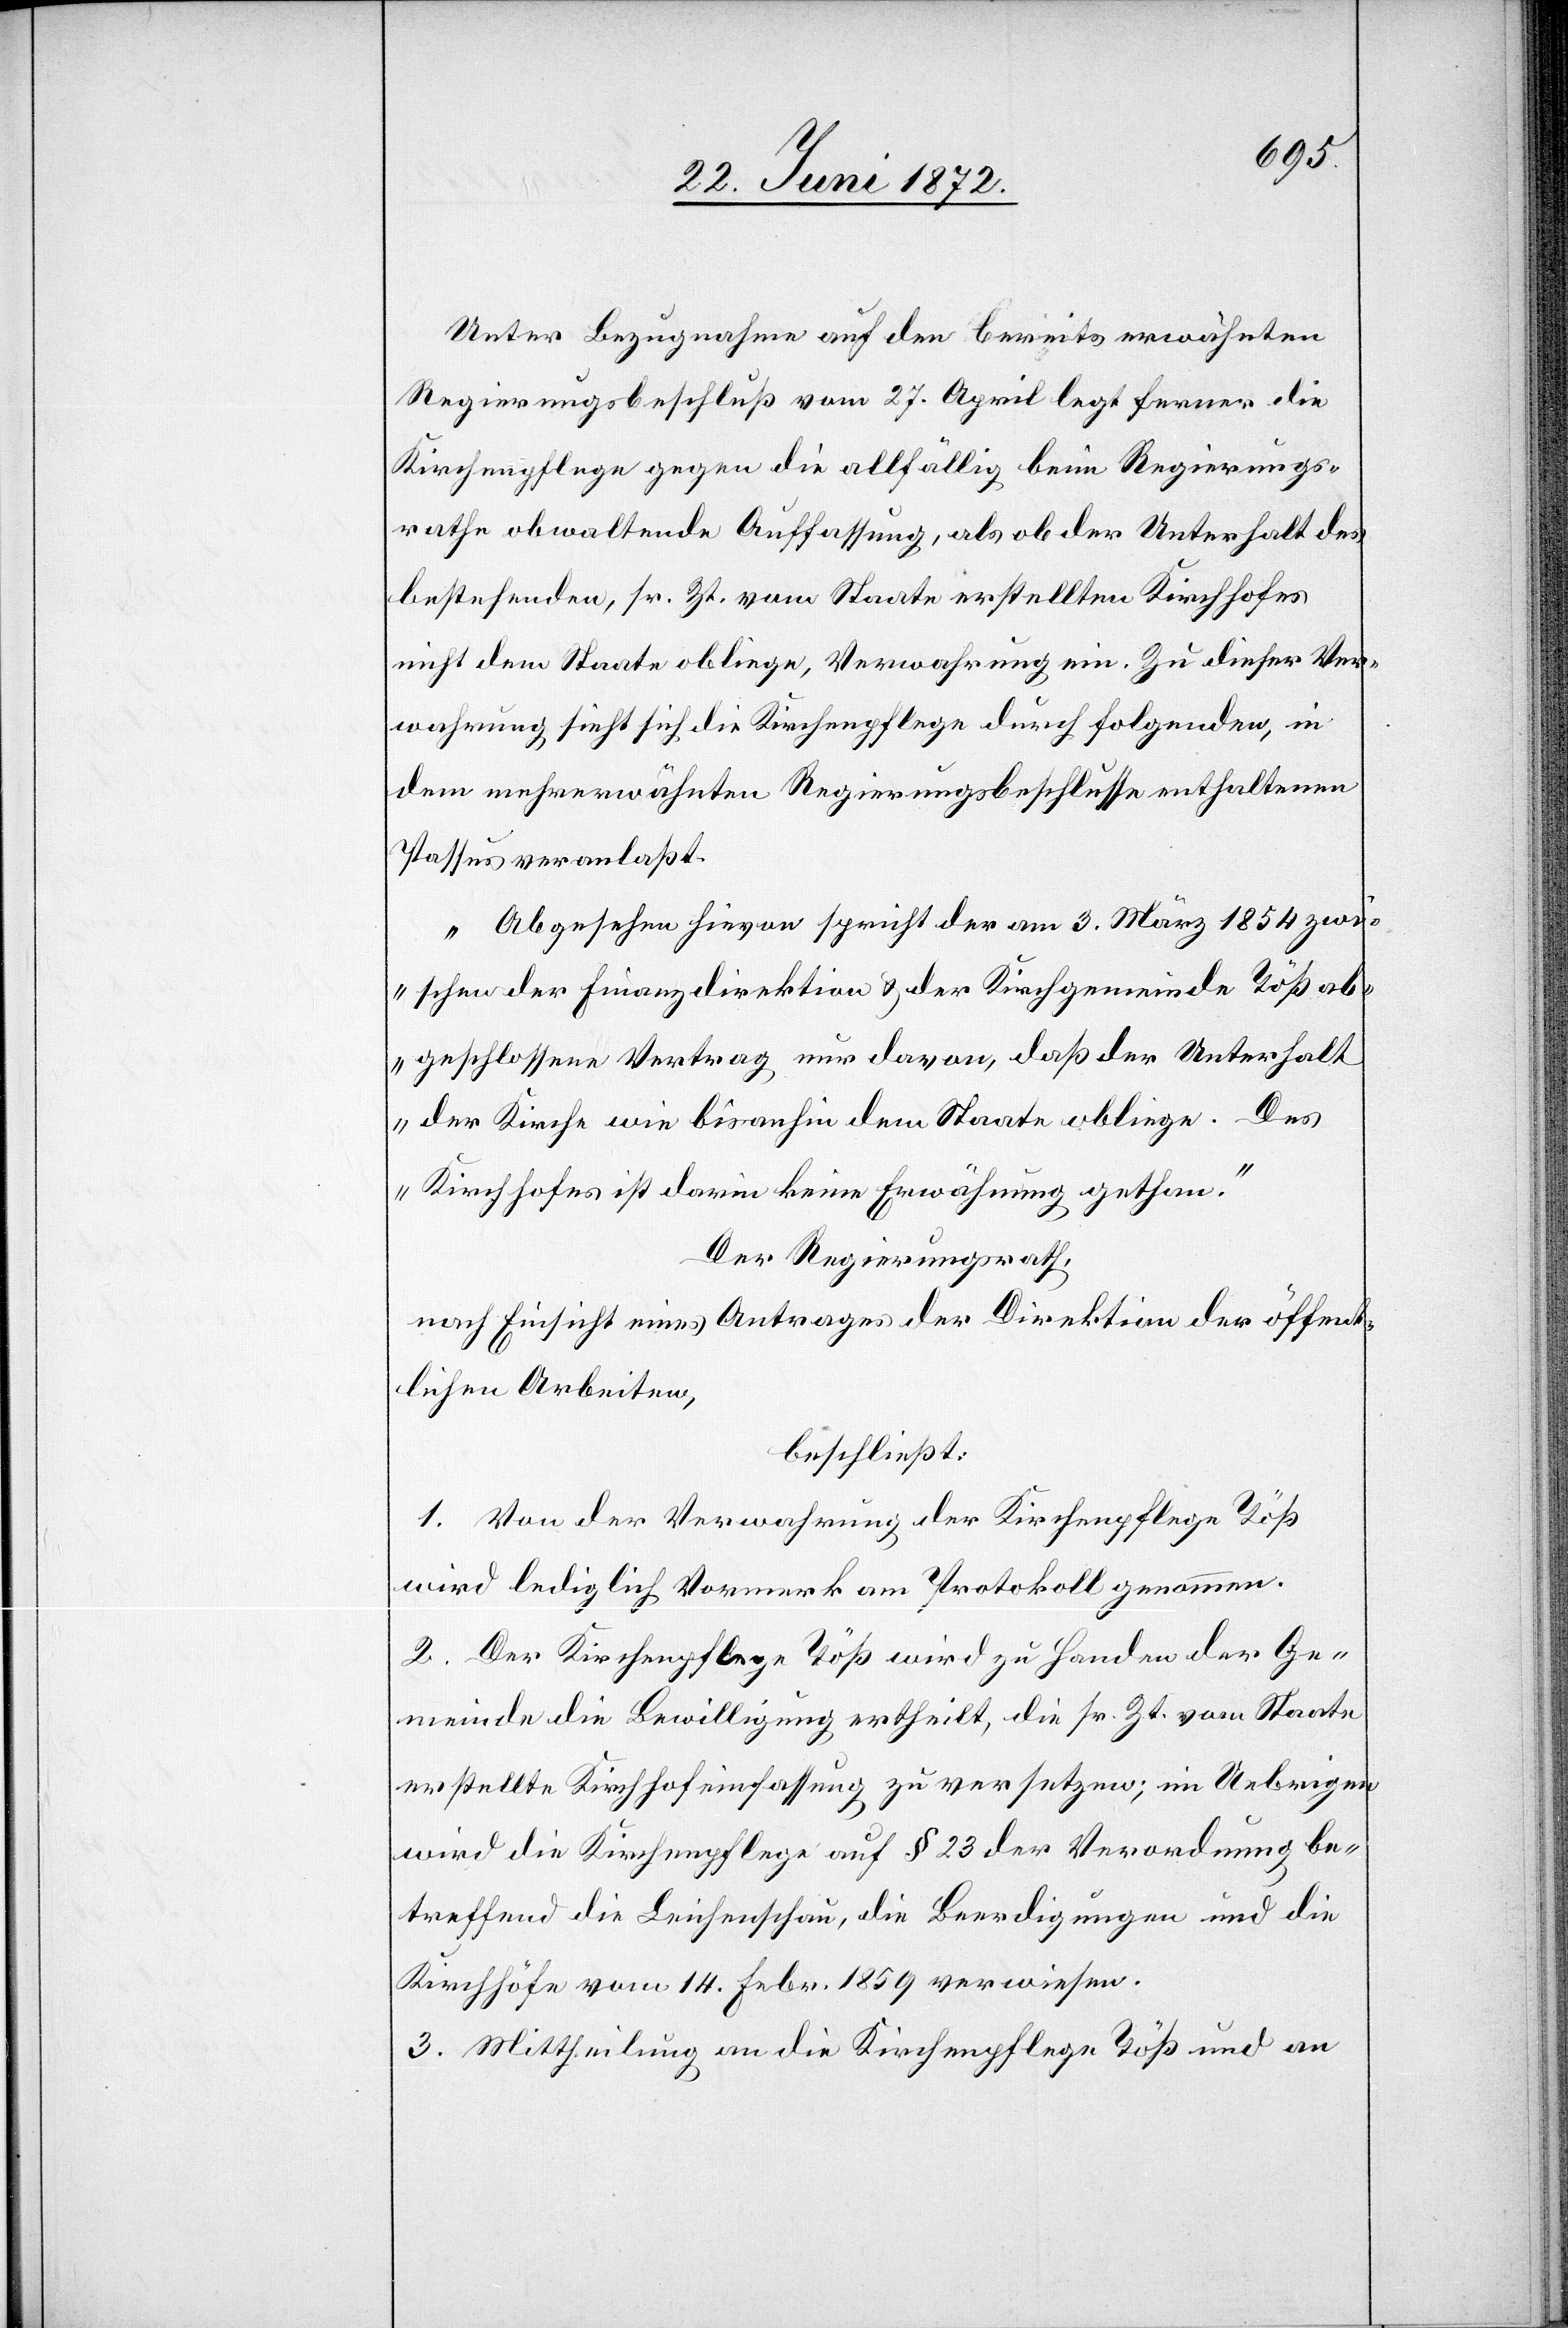
Unter Bezugnahme auf den bereits erwähnten
Regierungsbeschluß vom 27. April legt ferner die
Kirchenpflege gegen die allfällig beim Regierungs¬
rathe obwaltende Auffassung, als ob der Unterhalt des
bestehenden, sr. Zt. vom Staate erstellten Kirchhofes
nicht dem Staate obliege, Verwahrung ein. Zu dieser Ver¬
wahrung sieht sich die Kirchenpflege durch folgenden, in
dem mehrerwähnten Regierungsbeschlusse enthaltenen
Passus veranlaßt.
„Abgesehen hievon spricht der am 3. März 1854 zwi¬
schen der Finanzdirektion u. der Kirchgemeinde Töß ab¬
geschlossene Vertrag nur davon, daß der Unterhalt
der Kirche wie bisanhin dem Staate obliege. Des
Kirchhofes ist darin keine Erwähnung gethan.“
Der Regierungsrath,
nach Einsicht eines Antrages der Direktion der öffent¬
lichen Arbeiten,
beschließt:
1. Von der Verwahrung der Kirchenpflege Töß
wird lediglich Vormerk am Protokoll genommen.
2. Der Kirchenpflege Töß wird zu Handen der Ge¬
meinde die Bewilligung ertheilt, die sr. Zt. vom Staate
erstellte Kirchhofeinfassung zu versetzen; im Uebrigen
wird die Kirchenpflege auf § 23 der Verordnung be¬
treffend die Leichenschau, die Beerdigungen und die
Kirchhöfe vom 14. Febr. 1859 verwiesen.
3. Mittheilung an die Kirchenpflege Töß und an